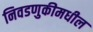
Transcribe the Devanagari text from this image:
निवडणुकीमधील